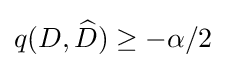
q(D,{\widehat {D}})\geq -\alpha /2\,\!